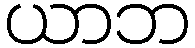
ယာဘ